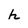
Character: h